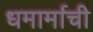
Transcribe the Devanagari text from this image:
धमार्माची